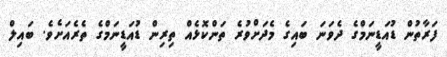
ފަރާތުން ޑުއަޑީނަމްގެ ދެވަނަ ބައިގެ މެދަށްވުރެ ތަންކޮޅެއް ތިރިން ޑުއަޑީނަމްގެ ތެރެއަށެވެ. ބައިލް